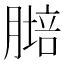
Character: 𦟷